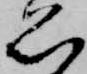
思